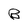
Character: B